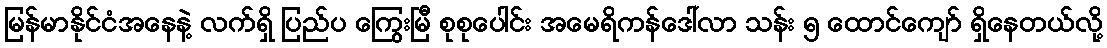
မြန်မာနိုင်ငံအနေနဲ့ လက်ရှိ ပြည်ပ ကြွေးမြီ စုစုပေါင်း အမေရိကန်ဒေါ်လာ သန်း ၅ ထောင်ကျော် ရှိနေတယ်လို့